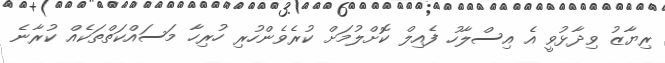
ރިޔާޒު ވިދާޅުވީ އެ އިސްލާހު ފެއިލް ކޮށްލުމަށް ކުރެވެންހުރި ހުރިހާ މަސައްކަތްތަކެއް ކުރާނެ